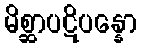
မိစ္ဆာပဋိပန္နော